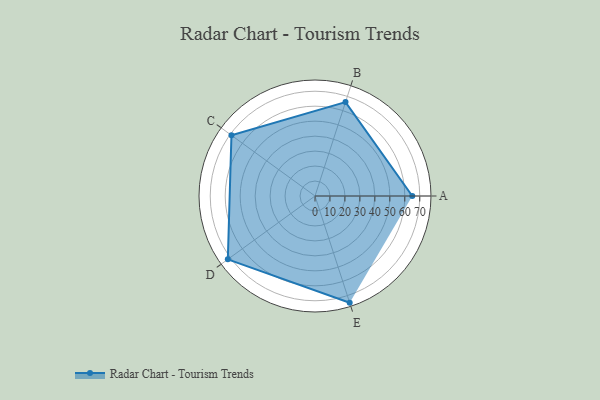
{"axis": {"x": "Skill", "y": "Score"}, "legend": ["Profile"], "data": [{"x": "A", "y": 65.0, "type": "Profile"}, {"x": "B", "y": 66.0, "type": "Profile"}, {"x": "C", "y": 69.0, "type": "Profile"}, {"x": "D", "y": 72.0, "type": "Profile"}, {"x": "E", "y": 75.0, "type": "Profile"}]}